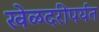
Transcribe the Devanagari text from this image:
खेळदरीपर्यंत